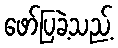
ဖော်ပြခဲ့သည့်